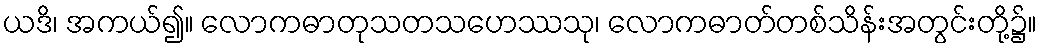
ယဒိ၊ အကယ်၍။ လောကဓာတုသတသဟေဿသု၊ လောကဓာတ်တစ်သိန်းအတွင်းတို့၌။